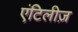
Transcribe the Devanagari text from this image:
एंटिलीज़